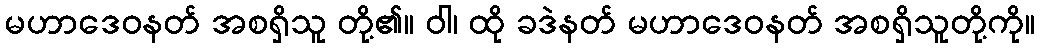
မဟာဒေဝနတ် အစရှိသူ တို့၏။ ဝါ၊ ထို ခဒဲနတ် မဟာဒေဝနတ် အစရှိသူတို့ကို။